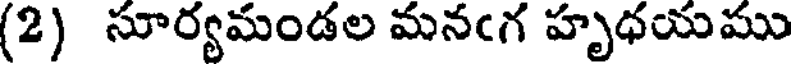
(2) సూర్యమండల మనఁగ హృధయము